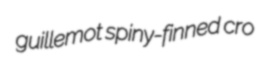
guillemot spiny-finned cro